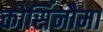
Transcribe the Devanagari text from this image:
कोर्सिनौमा